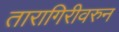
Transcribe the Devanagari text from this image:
तारागिरीवरुन